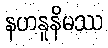
နဟနူနိမဿ